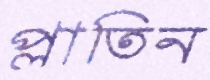
প্লাতিন